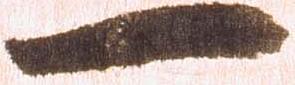
一